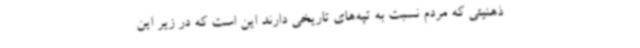
ذهنیتی که مردم نسبت به تپه‌های تاریخی دارند این است که در زیر این